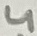
Text: 4